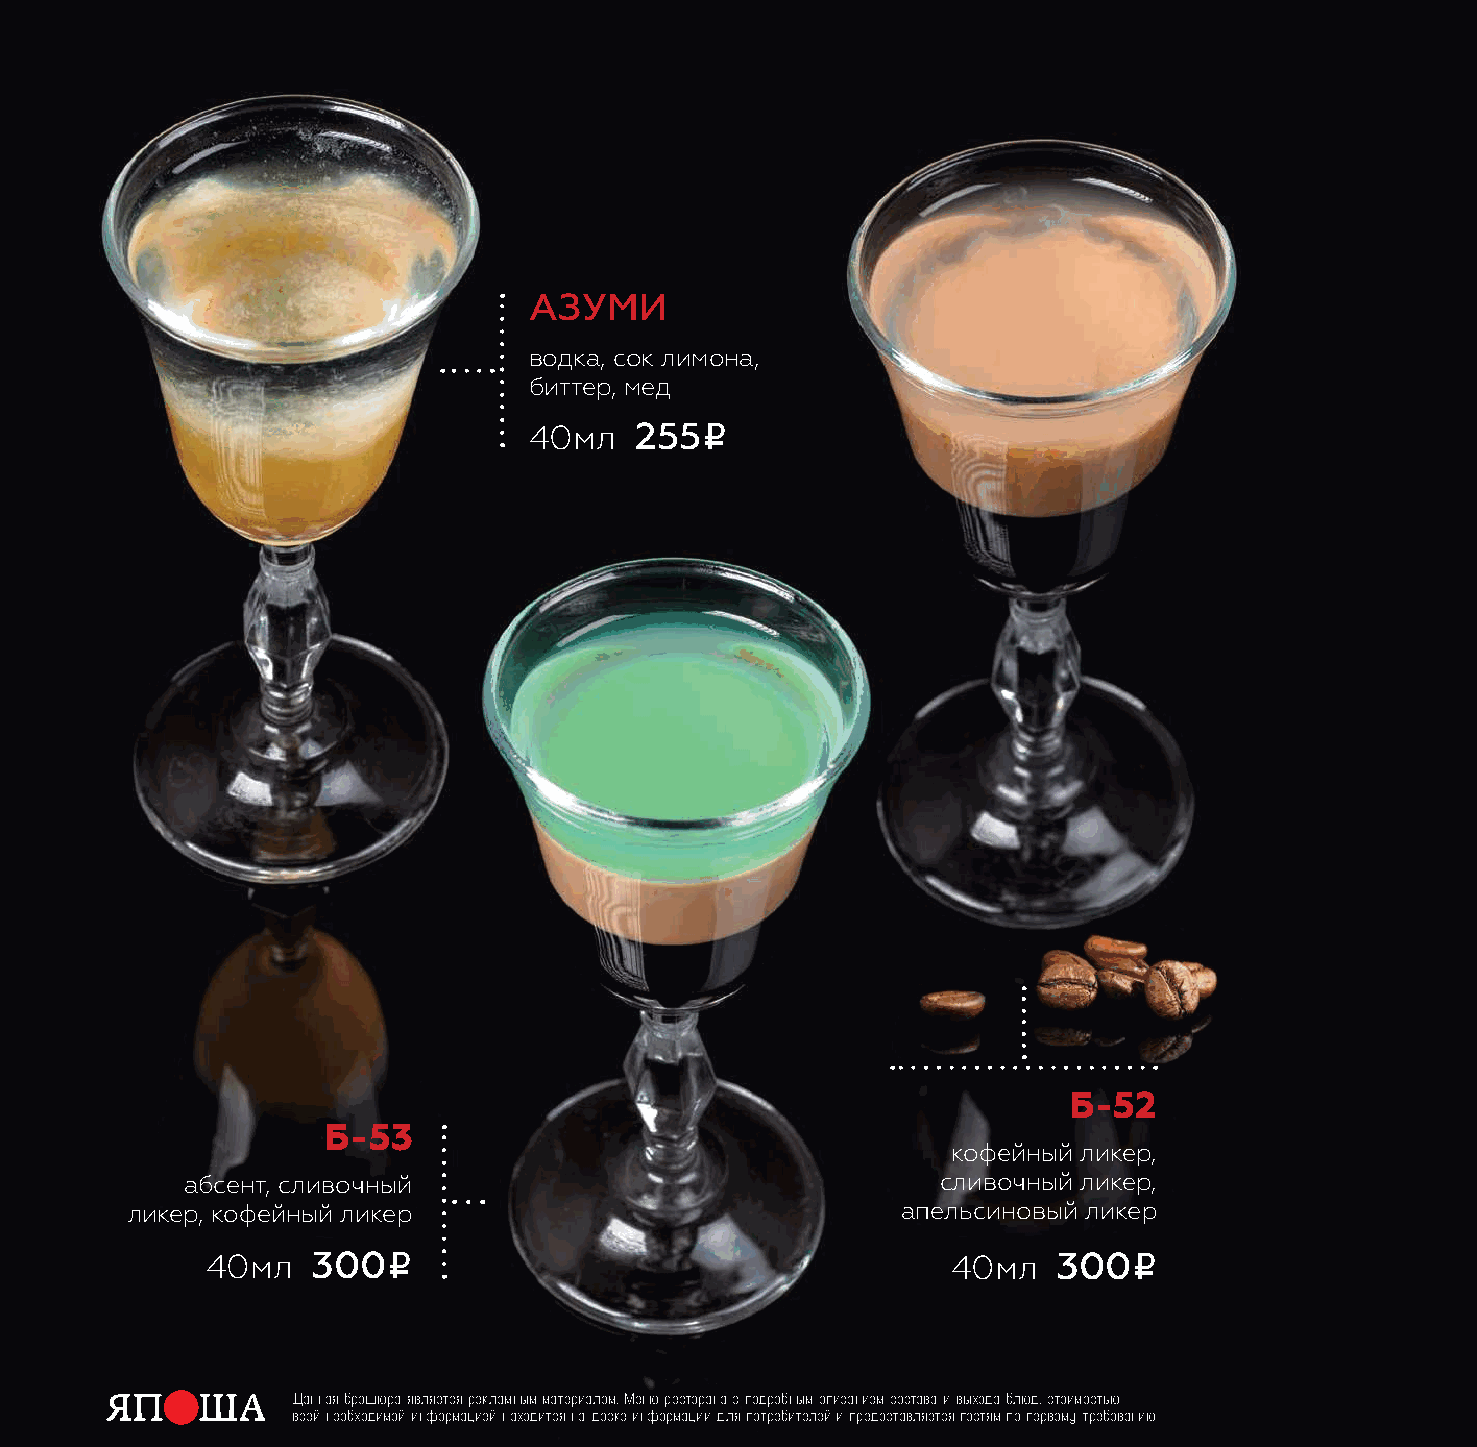
азуми
 водка, сок лимона,
 биттер, мед
 i
 40мл   255
 б-52
 б-53
 кофейный ликер,
 абсент, сливочный                                 сливочный ликер,
 ликер, кофейный ликер                               апельсиновый ликер
 i                                                i
 40мл   300                                       40мл   300
 Данная брошюра является рекламным материалом. Меню ресторана с подробным описанием состава и выхода блюд, стоимостью
 всей необходимой информацией находится на доске информации для потребителей и предоставляется гостям по первому требованию